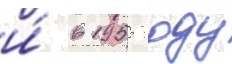
и́ в 1955 году